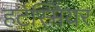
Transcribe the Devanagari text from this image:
हर्टस्मियर